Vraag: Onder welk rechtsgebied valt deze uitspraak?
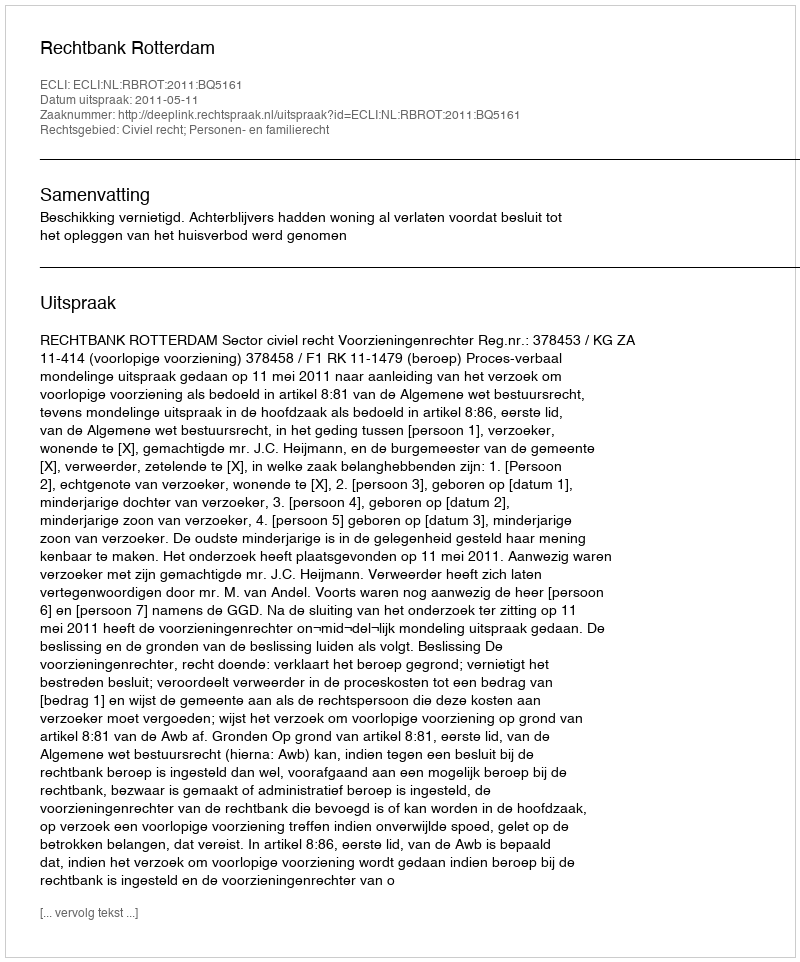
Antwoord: Civiel recht; Personen- en familierecht